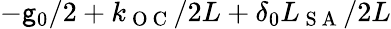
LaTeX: -\mathsf{g}_{0}/2+k_{\mathrm{{~O~C~}}}/2L+\delta_{0}L_{\mathrm{{~S~A~}}}/2L